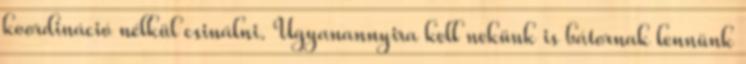
koordináció nélkül csinálni. Ugyanannyira kell nekünk is bátornak lennünk